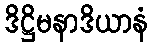
ဒိဋ္ဌိမနာဒိယာနံ